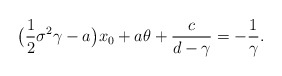
\begin{align*}\big(\frac{1}{2}\sigma^2\gamma-a\big)x_0+a\theta+\frac{c}{d-\gamma}=-\frac{1}{\gamma}.\end{align*}